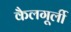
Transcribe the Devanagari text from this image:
कैलगूर्ली